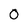
Character: 0